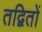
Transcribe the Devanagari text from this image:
तद्वितों